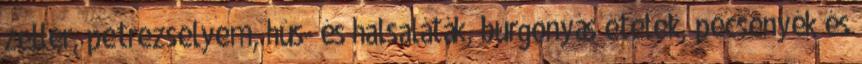
zeller, petrezselyem, hús- és halsaláták, burgonyás ételek, pecsenyék és